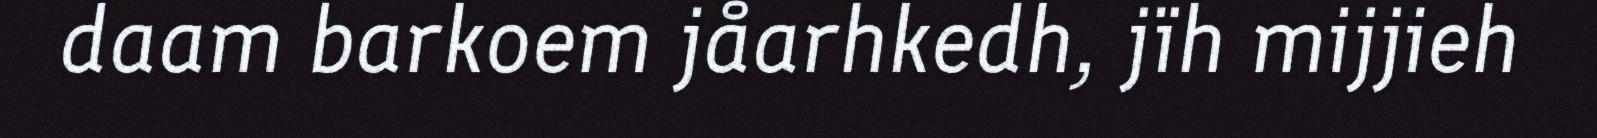
daam barkoem jåarhkedh, jïh mijjieh